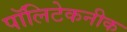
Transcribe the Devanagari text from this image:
पॉलिटेकनीक